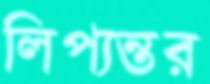
লিপ্যন্তর